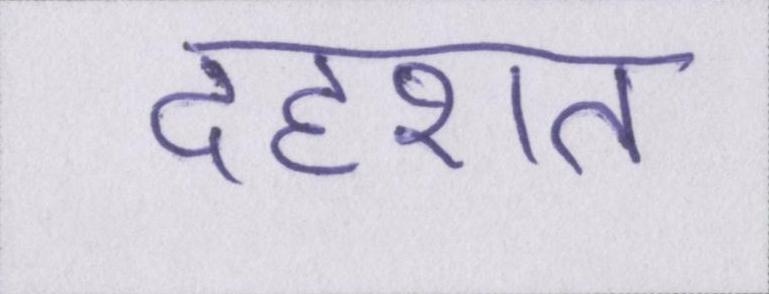
दहशत